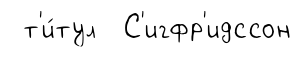
т'и́тул С'игфр'идссон